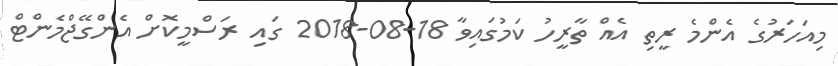
މިއަހަރުގެ އެންމެ ރީތި އެއް ތާރީހު ކަމުގައިވާ 18-08-2018 ގައި ރަސްމީކޮށް އެންގޭޖްމެންޓް